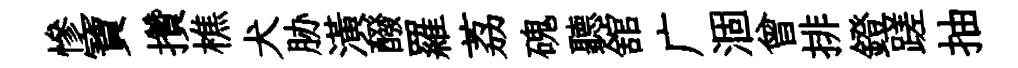
慘寶攢樵犬胁潢醱羅荔磈聽舘广涸曾排鐙蹉抽